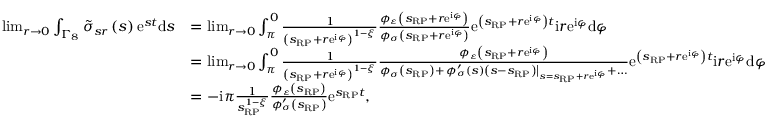
\begin{array} { r l } { \operatorname* { l i m } _ { r \rightarrow 0 } \int _ { \Gamma _ { 8 } } \tilde { \sigma } _ { s r } \left( s \right) \mathrm { e } ^ { s t } \mathrm { d } s } & { = \operatorname* { l i m } _ { r \rightarrow 0 } \int _ { \pi } ^ { 0 } \frac { 1 } { \left( s _ { \scriptscriptstyle { \mathrm { R P } } } + r \mathrm { e } ^ { \mathrm { i } \varphi } \right) ^ { 1 - \xi } } \frac { \phi _ { \varepsilon } \left( s _ { \scriptscriptstyle { \mathrm { R P } } } + r \mathrm { e } ^ { \mathrm { i } \varphi } \right) } { \phi _ { \sigma } \left( s _ { \scriptscriptstyle { \mathrm { R P } } } + r \mathrm { e } ^ { \mathrm { i } \varphi } \right) } \mathrm { e } ^ { \left( s _ { \scriptscriptstyle { \mathrm { R P } } } + r \mathrm { e } ^ { \mathrm { i } \varphi } \right) t } \mathrm { i } r \mathrm { e } ^ { \mathrm { i } \varphi } \mathrm { d } \varphi } \\ & { = \operatorname* { l i m } _ { r \rightarrow 0 } \int _ { \pi } ^ { 0 } \frac { 1 } { \left( s _ { \scriptscriptstyle { \mathrm { R P } } } + r \mathrm { e } ^ { \mathrm { i } \varphi } \right) ^ { 1 - \xi } } \frac { \phi _ { \varepsilon } \left( s _ { \scriptscriptstyle { \mathrm { R P } } } + r \mathrm { e } ^ { \mathrm { i } \varphi } \right) } { \phi _ { \sigma } \left( s _ { \scriptscriptstyle { \mathrm { R P } } } \right) + \left. \phi _ { \sigma } ^ { \prime } \left( s \right) \left( s - s _ { \scriptscriptstyle { \mathrm { R P } } } \right) \right\vert _ { s = s _ { \scriptscriptstyle { \mathrm { R P } } } + r \mathrm { e } ^ { \mathrm { i } \varphi } } + \ldots } \mathrm { e } ^ { \left( s _ { \scriptscriptstyle { \mathrm { R P } } } + r \mathrm { e } ^ { \mathrm { i } \varphi } \right) t } \mathrm { i } r \mathrm { e } ^ { \mathrm { i } \varphi } \mathrm { d } \varphi } \\ & { = - \mathrm { i } \pi \frac { 1 } { s _ { \scriptscriptstyle { \mathrm { R P } } } ^ { 1 - \xi } } \frac { \phi _ { \varepsilon } \left( s _ { \scriptscriptstyle { \mathrm { R P } } } \right) } { \phi _ { \sigma } ^ { \prime } \left( s _ { \scriptscriptstyle { \mathrm { R P } } } \right) } \mathrm { e } ^ { s _ { \scriptscriptstyle { \mathrm { R P } } } t } , } \end{array}